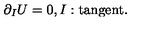
\partial _ { I } U = 0 , I : \mathrm { t a n g e n t } .